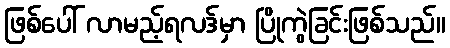
ဖြစ်ပေါ် လာမည့်ရလဒ်မှာ ပြိုကွဲခြင်းဖြစ်သည်။